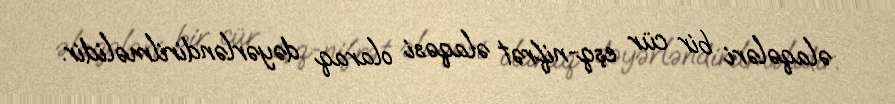
əlaqələri bir cür eşq-nifrət əlaqəsi olaraq dəyərləndirilməlidir.